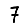
Digit: 7